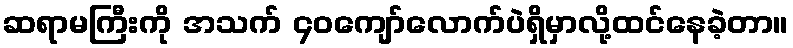
ဆရာမကြီးကို အသက် ၄၀ကျော်လောက်ပဲရှိမှာလို့ထင်နေခဲ့တာ။